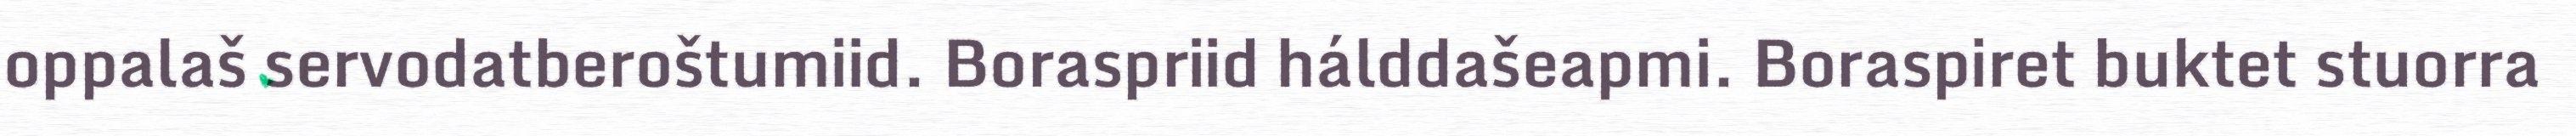
oppalaš servodatberoštumiid. Boraspriid hálddašeapmi. Boraspiret buktet stuorra